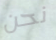
نحن